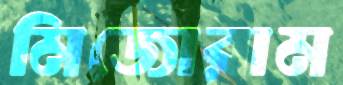
মিজোরাম